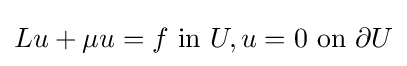
Lu+\mu u=f{\text{ in }}U,u=0{\text{ on }}\partial U